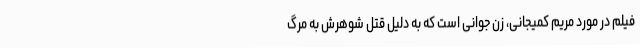
فیلم در مورد مریم کمیجانی، زن جوانی است که به دلیل قتل شوهرش به مرگ